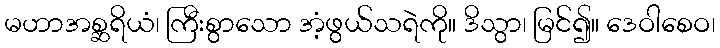
မဟာအစ္ဆရိယံ၊ ကြီးစွာသော အံ့ဖွယ်သရဲကို။ ဒိသွာ၊ မြင်၍။ ဒေဝါစေဝ၊